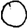
Digit: 0